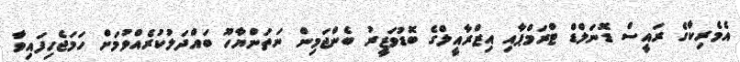
އެމެރިކާގެ ރައީސް ޑޮނަލްޑް ޓްރަމްޕާއި އިޒްރާއީލްގެ ބޮޑުވަޒީރު ބެންޖަމިން ނަތަންޔާހޫ ބައްދަލުކުރެއްވުމަށް ހަމަޖެހިފައިވާ